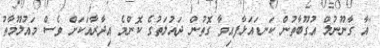
"އާ ގާނޫނުލް އުގޫބާތުން ކަނޑައަޅާފއިވާ ގޮތުން ދައުލަތުގެ ކޮންމެ އިދާރާއަކަށް ވެސް މައުލޫމާތު